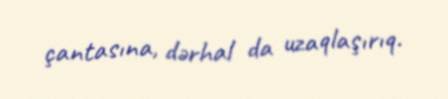
çantasına, dərhal da uzaqlaşırıq.